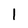
Character: l